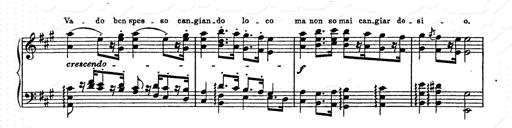
Title: AnnÃ©es de pÃ¨lerinage II
Composer: Franz Liszt